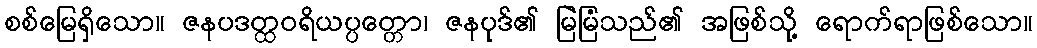
စစ်မြေရှိသော။ ဇနပဒတ္ထဝရိယပ္ပတ္တော၊ ဇနပုဒ်၏ မြဲမြံသည်၏ အဖြစ်သို့ ရောက်ရာဖြစ်သော။